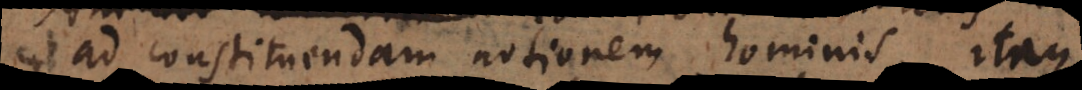
ad constituendam notionem hominis, itaque